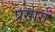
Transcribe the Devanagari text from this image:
प्रसारों